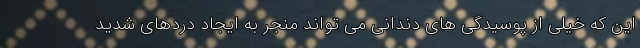
این که خیلی از پوسیدگی های دندانی می تواند منجر به ایجاد دردهای شدید